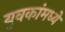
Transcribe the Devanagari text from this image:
युवकांमध्ये